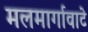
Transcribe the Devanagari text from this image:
मलमार्गावाटे